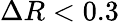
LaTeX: \Delta R<0.3